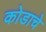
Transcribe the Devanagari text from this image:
कोडाचे